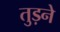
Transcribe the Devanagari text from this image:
तुड़ने